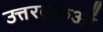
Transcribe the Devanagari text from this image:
उत्तरकुरुओं